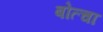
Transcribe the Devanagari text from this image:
बोत्चा